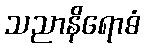
သညာနိရောဓံ